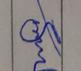
Signature authenticity: genuine